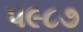
૫૯૮૭